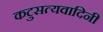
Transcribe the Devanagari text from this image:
कटुसत्यवादिनी